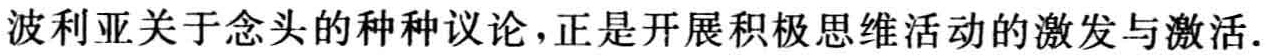
波利亚关于念头的种种议论，正是开展积极思维活动的激发与激活.